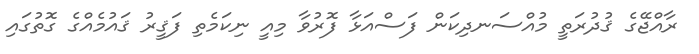
ރާއްޖޭގެ ޤުދުރަތީ މުއްސަނދިކަން ފަސްއަޅާ ފޮރުވާ މިއީ ނިކަމެތި ފަޤީރު ޤައުމެއްގެ ގޮތުގައި